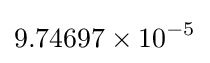
9.74697\times 10^{-5}